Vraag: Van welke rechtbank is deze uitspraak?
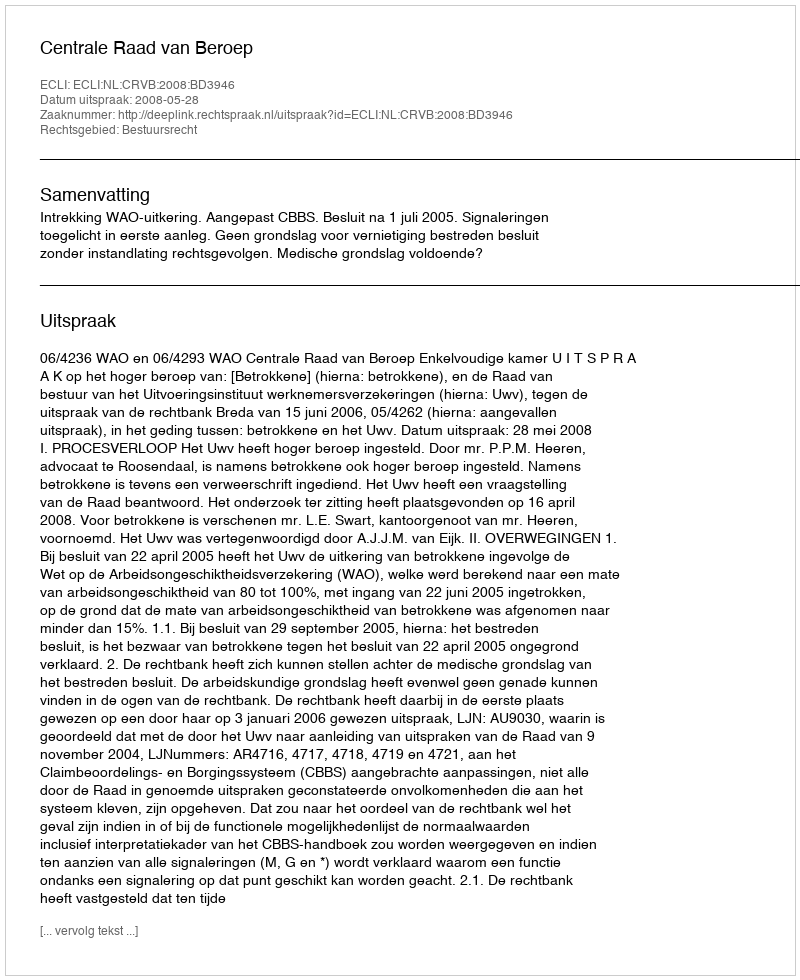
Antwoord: Centrale Raad van Beroep